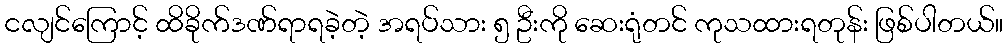
ငလျင်ကြောင့် ထိခိုက်ဒဏ်ရာရခဲ့တဲ့ အရပ်သား ၅ ဦးကို ဆေးရုံတင် ကုသထားရတုန်း ဖြစ်ပါတယ်။